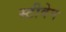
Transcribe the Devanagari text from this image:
स्‍टीवेन